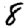
Digit: 8